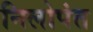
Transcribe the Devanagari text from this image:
निलोपंत